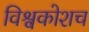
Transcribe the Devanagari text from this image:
विश्वकोशच